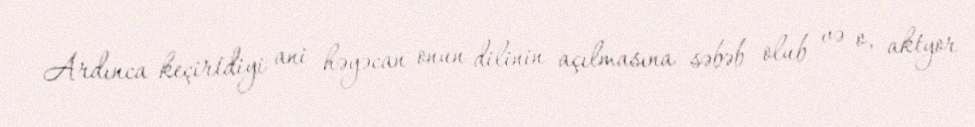
Ardınca keçirtdiyi ani həyəcan onun dilinin açılmasına səbəb olub və o, aktyor